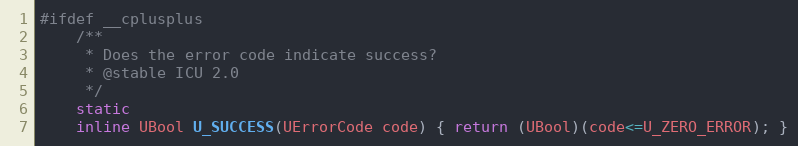
Language: C
#ifdef __cplusplus
    /**
     * Does the error code indicate success?
     * @stable ICU 2.0
     */
    static
    inline UBool U_SUCCESS(UErrorCode code) { return (UBool)(code<=U_ZERO_ERROR); }